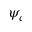
\psi _ { c }